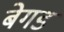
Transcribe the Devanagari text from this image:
बेगड